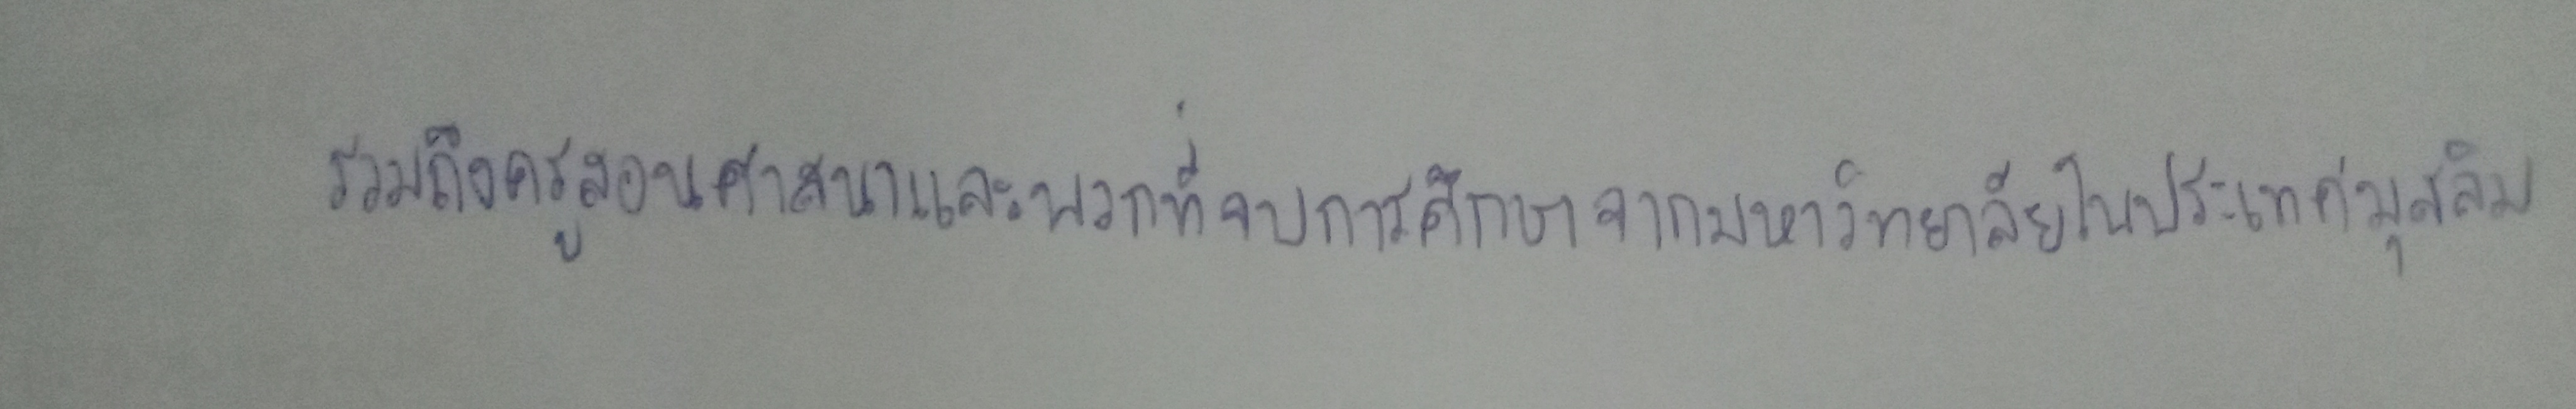
รวมถึงครูสอนศาสนาและพวกที่จบการศึกษาจากมหาวิทยาลัยในประเทศมุสลิม